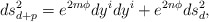
\begin{align*}ds^2_{d+p}=e^{2m\phi}dy^idy^i + e^{2n\phi}ds^2_d,\end{align*}